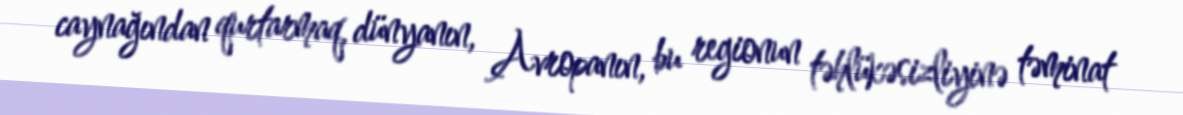
caynağından qurtarmaq, dünyanın, Avropanın, bu regionun təhlükəsizliyinə təminat